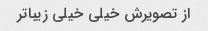
از تصویرش خیلی خیلی زیباتر